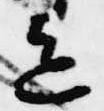
色